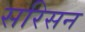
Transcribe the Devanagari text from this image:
सरिसन